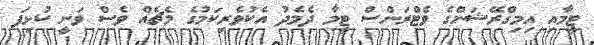
ޓީމާއި އިމިގްރޭޝަންގެ ވެޓްރަންސް ޓީމާ ދެމެދު އެކުވެރިކަމުގެ މެޗެއް ވެސް ވަނީ ކުޅިފަ